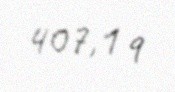
407,1 q